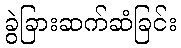
ခွဲခြားဆက်ဆံခြင်း